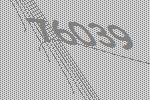
76039